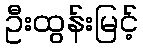
ဦးထွန်းမြင့်